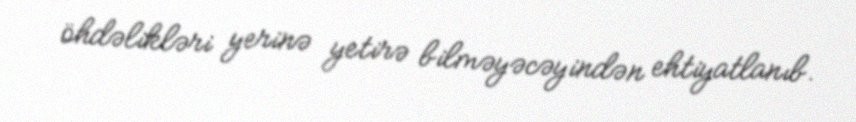
öhdəlikləri yerinə yetirə bilməyəcəyindən ehtiyatlanıb.